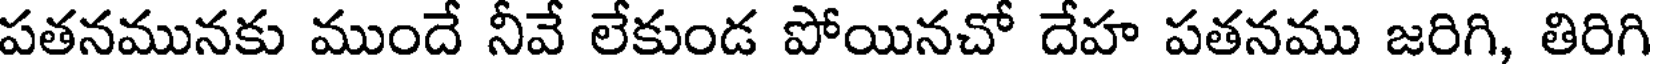
పతనమునకు ముందే నీవే లేకుండ పోయినచో దేహ పతనము జరిగి, తిరిగి